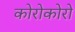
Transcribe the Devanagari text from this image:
कोरोकोरो